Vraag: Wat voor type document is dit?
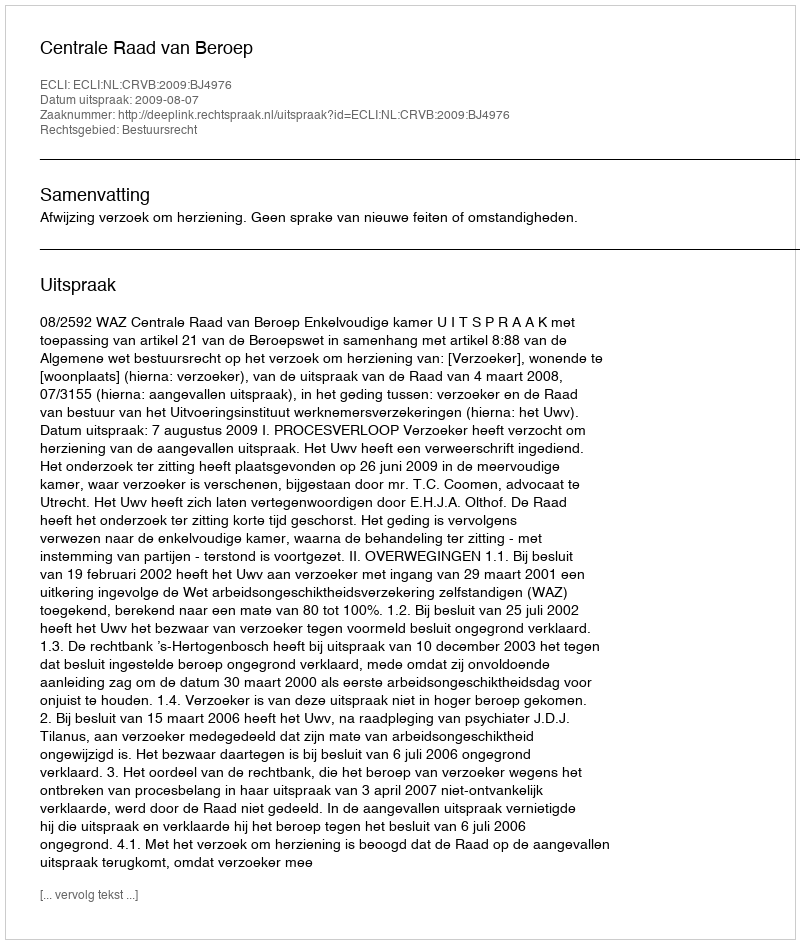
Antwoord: Uitspraak